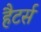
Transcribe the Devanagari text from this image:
हैटर्स